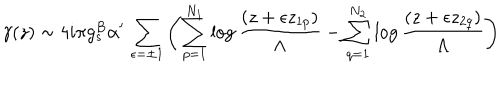
LaTeX: \gamma ( z ) \sim 4 i \pi g _ { s } ^ { B } \alpha ^ { \prime } \, \sum _ { \epsilon = \pm 1 } \left( \sum _ { p = 1 } ^ { N _ { 1 } } \log \frac { ( z + \epsilon z _ { 1 p } ) } { \Lambda } - \sum _ { q = 1 } ^ { N _ { 2 } } \log \frac { ( z + \epsilon z _ { 2 q } ) } { \Lambda } \right)